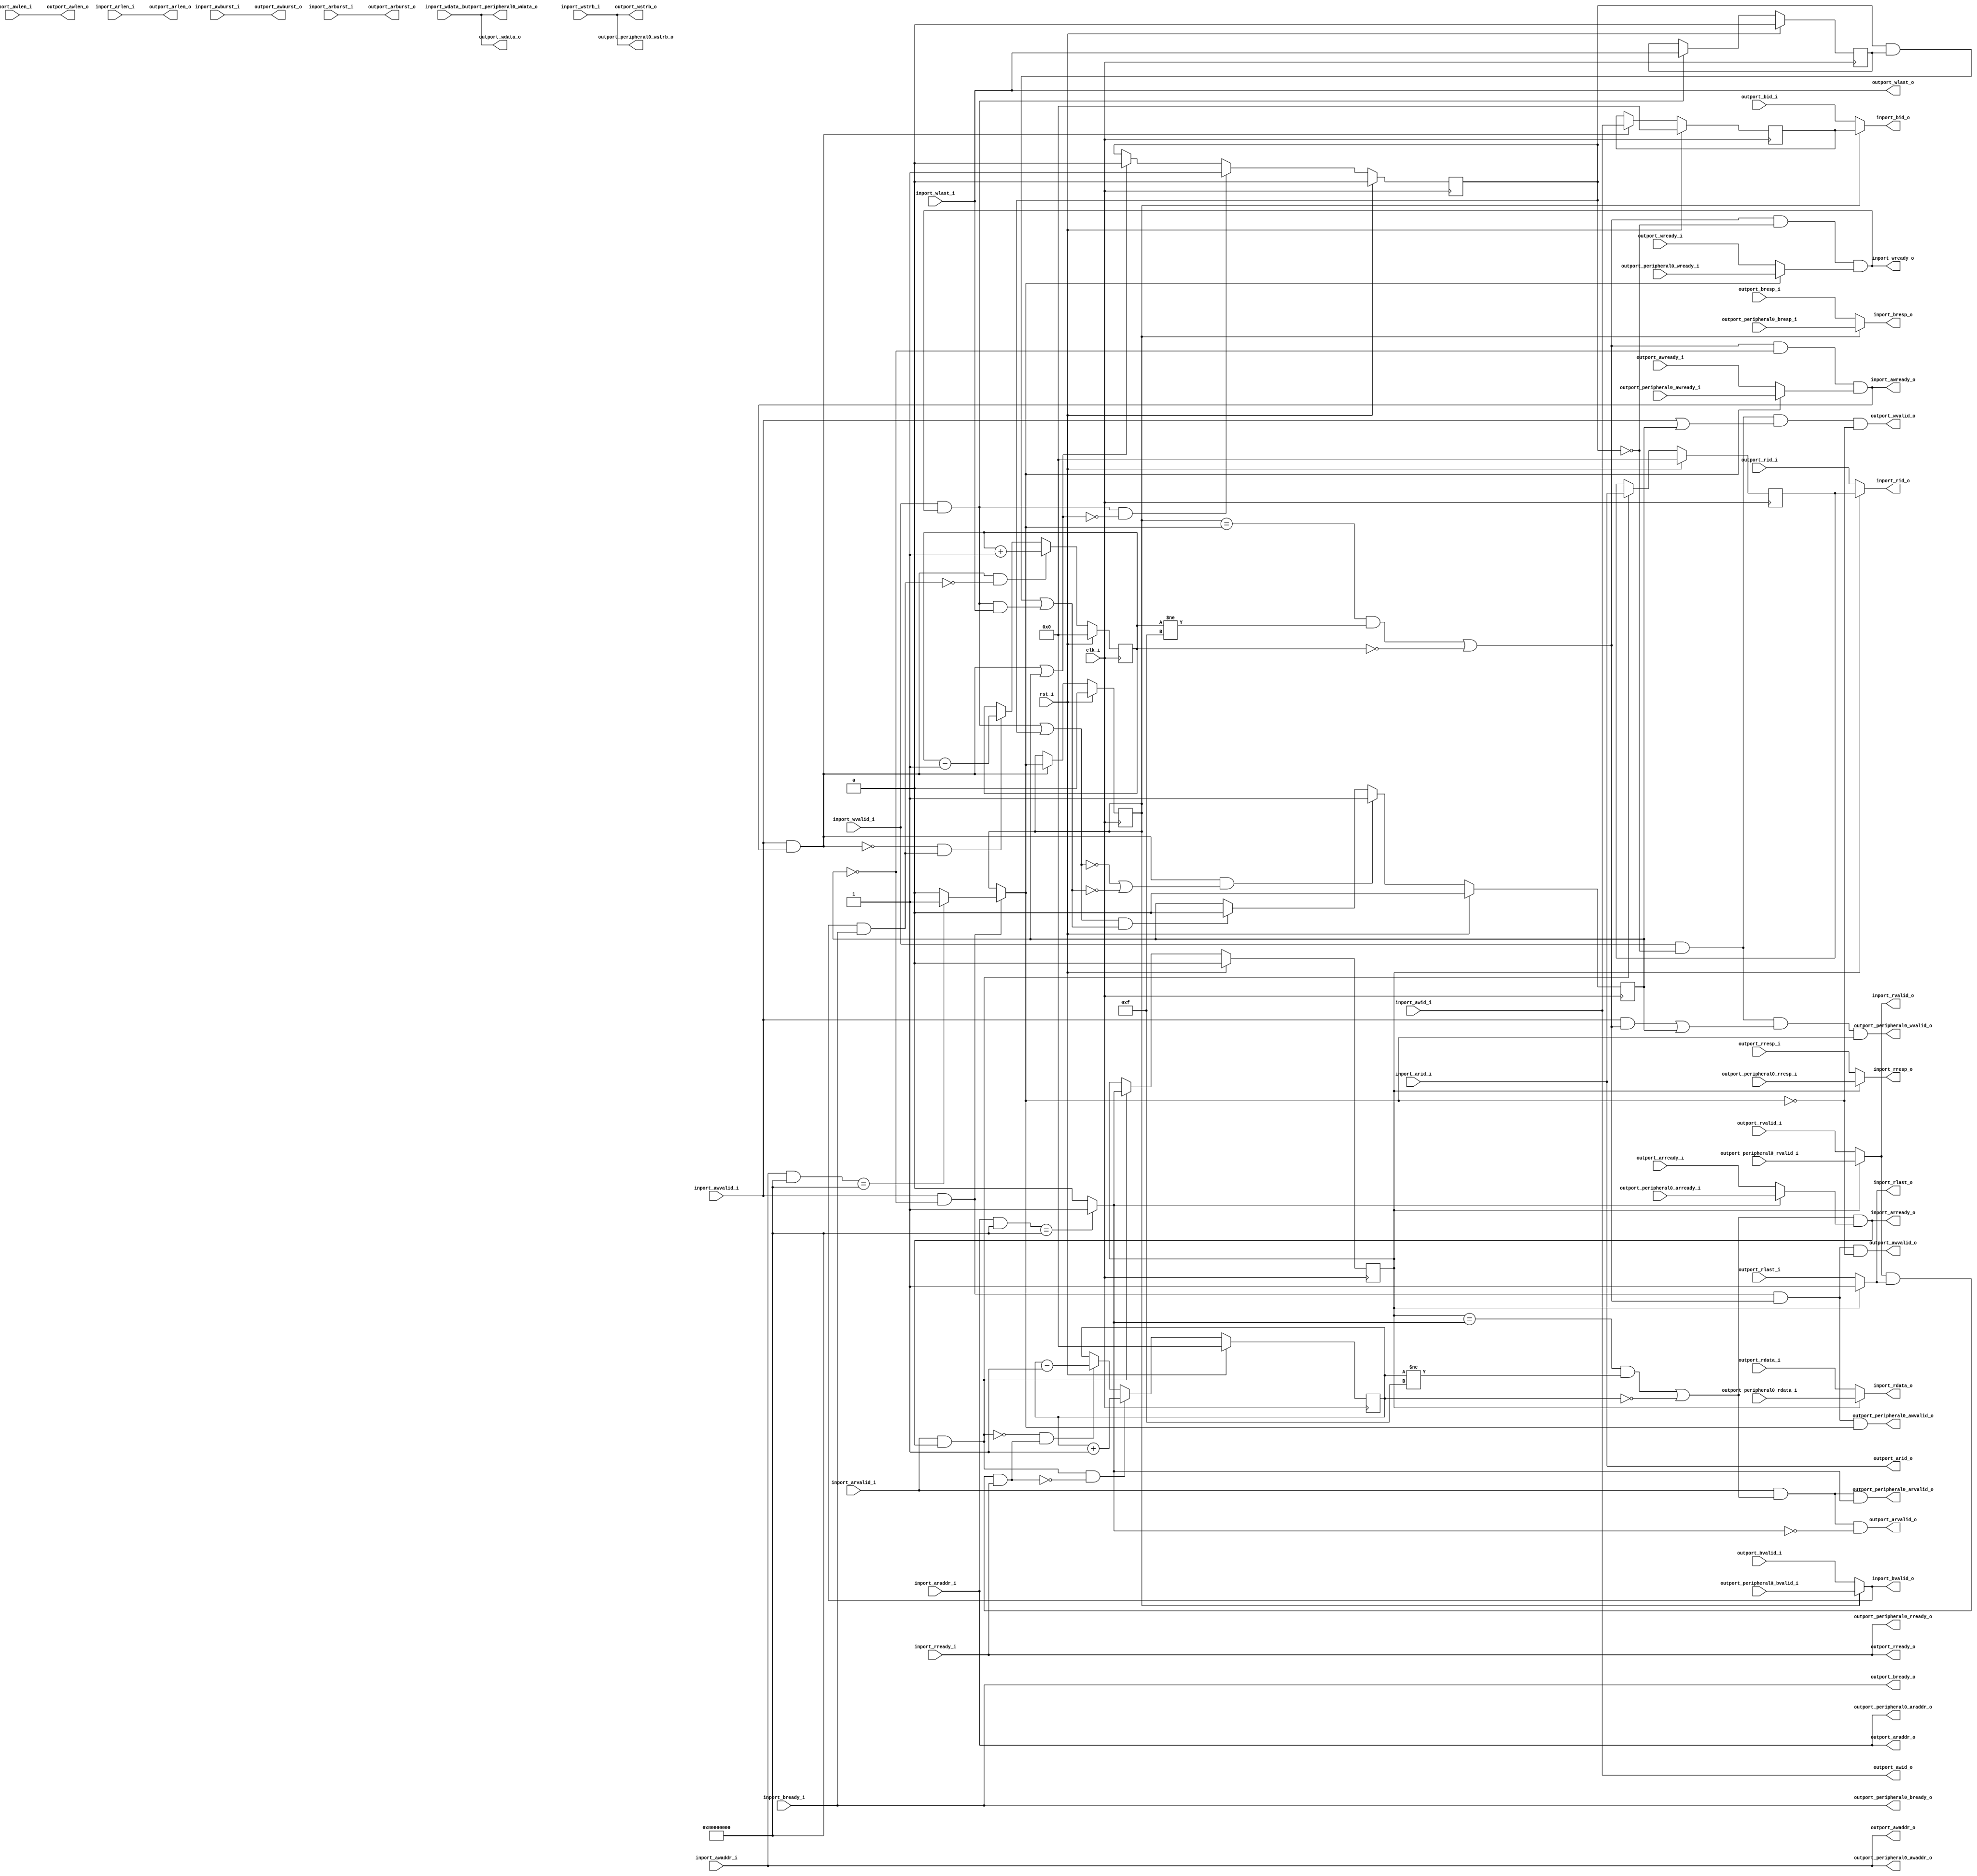
//-----------------------------------------------------------------
//                         USB2Sniffer
//                            V0.1
//                     Ultra-Embedded.com
//                       Copyright 2020
//
//
//                         License: LGPL
//-----------------------------------------------------------------
//
// This source file may be used and distributed without
// restriction provided that this copyright statement is not
// removed from the file and that any derivative work contains
// the original copyright notice and the associated disclaimer.
//
// This source file is free software; you can redistribute it
// and/or modify it under the terms of the GNU Lesser General
// Public License as published by the Free Software Foundation;
// either version 2.1 of the License, or (at your option) any
// later version.
//
// This source is distributed in the hope that it will be
// useful, but WITHOUT ANY WARRANTY; without even the implied
// warranty of MERCHANTABILITY or FITNESS FOR A PARTICULAR
// PURPOSE.  See the GNU Lesser General Public License for more
// details.
//
// You should have received a copy of the GNU Lesser General
// Public License along with this source; if not, write to the
// Free Software Foundation, Inc., 59 Temple Place, Suite 330,
// Boston, MA  02111-1307  USA
//-----------------------------------------------------------------
module axi4_lite_tap
(
    // Inputs
     input           clk_i
    ,input           rst_i
    ,input           inport_awvalid_i
    ,input  [ 31:0]  inport_awaddr_i
    ,input  [  3:0]  inport_awid_i
    ,input  [  7:0]  inport_awlen_i
    ,input  [  1:0]  inport_awburst_i
    ,input           inport_wvalid_i
    ,input  [ 31:0]  inport_wdata_i
    ,input  [  3:0]  inport_wstrb_i
    ,input           inport_wlast_i
    ,input           inport_bready_i
    ,input           inport_arvalid_i
    ,input  [ 31:0]  inport_araddr_i
    ,input  [  3:0]  inport_arid_i
    ,input  [  7:0]  inport_arlen_i
    ,input  [  1:0]  inport_arburst_i
    ,input           inport_rready_i
    ,input           outport_awready_i
    ,input           outport_wready_i
    ,input           outport_bvalid_i
    ,input  [  1:0]  outport_bresp_i
    ,input  [  3:0]  outport_bid_i
    ,input           outport_arready_i
    ,input           outport_rvalid_i
    ,input  [ 31:0]  outport_rdata_i
    ,input  [  1:0]  outport_rresp_i
    ,input  [  3:0]  outport_rid_i
    ,input           outport_rlast_i
    ,input           outport_peripheral0_awready_i
    ,input           outport_peripheral0_wready_i
    ,input           outport_peripheral0_bvalid_i
    ,input  [  1:0]  outport_peripheral0_bresp_i
    ,input           outport_peripheral0_arready_i
    ,input           outport_peripheral0_rvalid_i
    ,input  [ 31:0]  outport_peripheral0_rdata_i
    ,input  [  1:0]  outport_peripheral0_rresp_i

    // Outputs
    ,output          inport_awready_o
    ,output          inport_wready_o
    ,output          inport_bvalid_o
    ,output [  1:0]  inport_bresp_o
    ,output [  3:0]  inport_bid_o
    ,output          inport_arready_o
    ,output          inport_rvalid_o
    ,output [ 31:0]  inport_rdata_o
    ,output [  1:0]  inport_rresp_o
    ,output [  3:0]  inport_rid_o
    ,output          inport_rlast_o
    ,output          outport_awvalid_o
    ,output [ 31:0]  outport_awaddr_o
    ,output [  3:0]  outport_awid_o
    ,output [  7:0]  outport_awlen_o
    ,output [  1:0]  outport_awburst_o
    ,output          outport_wvalid_o
    ,output [ 31:0]  outport_wdata_o
    ,output [  3:0]  outport_wstrb_o
    ,output          outport_wlast_o
    ,output          outport_bready_o
    ,output          outport_arvalid_o
    ,output [ 31:0]  outport_araddr_o
    ,output [  3:0]  outport_arid_o
    ,output [  7:0]  outport_arlen_o
    ,output [  1:0]  outport_arburst_o
    ,output          outport_rready_o
    ,output          outport_peripheral0_awvalid_o
    ,output [ 31:0]  outport_peripheral0_awaddr_o
    ,output          outport_peripheral0_wvalid_o
    ,output [ 31:0]  outport_peripheral0_wdata_o
    ,output [  3:0]  outport_peripheral0_wstrb_o
    ,output          outport_peripheral0_bready_o
    ,output          outport_peripheral0_arvalid_o
    ,output [ 31:0]  outport_peripheral0_araddr_o
    ,output          outport_peripheral0_rready_o
);



`define ADDR_SEL_W         1
`define PERIPH0_ADDR         32'h80000000
`define PERIPH0_MASK         32'h80000000

//-----------------------------------------------------------------
// AXI: Read
//-----------------------------------------------------------------
reg [3:0]              read_pending_q;
reg [3:0]              read_pending_r;
reg [3:0]              arid_q;
reg [`ADDR_SEL_W-1:0]  read_port_q;
reg [`ADDR_SEL_W-1:0]  read_port_r;

always @ *
begin
    read_port_r = `ADDR_SEL_W'b0;
    if ((inport_araddr_i & `PERIPH0_MASK) == `PERIPH0_ADDR) read_port_r = `ADDR_SEL_W'd1;
end

wire read_incr_w = (inport_arvalid_i && inport_arready_o);
wire read_decr_w = (inport_rvalid_o  && inport_rlast_o && inport_rready_i);

always @ *
begin
    read_pending_r = read_pending_q;

    if (read_incr_w && !read_decr_w)
        read_pending_r = read_pending_r + 4'd1;
    else if (!read_incr_w && read_decr_w)
        read_pending_r = read_pending_r - 4'd1;
end

always @ (posedge clk_i )
if (rst_i)
begin
    read_pending_q <= 4'b0;
    arid_q         <= 4'b0;
    read_port_q    <= `ADDR_SEL_W'b0;
end
else 
begin
    read_pending_q <= read_pending_r;

    // Read command accepted
    if (inport_arvalid_i && inport_arready_o)
    begin
        arid_q      <= inport_arid_i;
        read_port_q <= read_port_r;
    end
end

wire read_accept_w       = (read_port_q == read_port_r && read_pending_q != 4'hF) || (read_pending_q == 4'h0);

assign outport_arvalid_o = inport_arvalid_i & read_accept_w & (read_port_r == `ADDR_SEL_W'd0);
assign outport_araddr_o  = inport_araddr_i;
assign outport_arid_o    = inport_arid_i;
assign outport_arlen_o   = inport_arlen_i;
assign outport_arburst_o = inport_arburst_i;
assign outport_rready_o  = inport_rready_i;

assign outport_peripheral0_arvalid_o = inport_arvalid_i & read_accept_w & (read_port_r == `ADDR_SEL_W'd1);
assign outport_peripheral0_araddr_o  = inport_araddr_i;
assign outport_peripheral0_rready_o  = inport_rready_i;

reg        outport_rvalid_r;
reg [31:0] outport_rdata_r;
reg [1:0]  outport_rresp_r;
reg [3:0]  outport_rid_r;
reg        outport_rlast_r;

always @ *
begin
    case (read_port_q)
    `ADDR_SEL_W'd1:
    begin
        outport_rvalid_r = outport_peripheral0_rvalid_i;
        outport_rdata_r  = outport_peripheral0_rdata_i;
        outport_rresp_r  = outport_peripheral0_rresp_i;
        outport_rid_r    = arid_q;
        outport_rlast_r  = 1'b1;
    end
    default:
    begin
        outport_rvalid_r = outport_rvalid_i;
        outport_rdata_r  = outport_rdata_i;
        outport_rresp_r  = outport_rresp_i;
        outport_rid_r    = outport_rid_i;
        outport_rlast_r  = outport_rlast_i;
    end
    endcase
end

assign inport_rvalid_o  = outport_rvalid_r;
assign inport_rdata_o   = outport_rdata_r;
assign inport_rresp_o   = outport_rresp_r;
assign inport_rid_o     = outport_rid_r;
assign inport_rlast_o   = outport_rlast_r;

reg inport_arready_r;
always @ *
begin
    case (read_port_r)
    `ADDR_SEL_W'd1:
        inport_arready_r = outport_peripheral0_arready_i;
    default:
        inport_arready_r = outport_arready_i;
    endcase
end

assign inport_arready_o = read_accept_w & inport_arready_r;

//-------------------------------------------------------------
// Write Request
//-------------------------------------------------------------
reg awvalid_q;
reg wvalid_q;
reg wlast_q;

wire wr_cmd_accepted_w  = (inport_awvalid_i && inport_awready_o) || awvalid_q;
wire wr_data_accepted_w = (inport_wvalid_i  && inport_wready_o)  || wvalid_q;
wire wr_data_last_w     = (wvalid_q & wlast_q) || (inport_wvalid_i && inport_wready_o && inport_wlast_i);

always @ (posedge clk_i )
if (rst_i)
    awvalid_q <= 1'b0;
else if (inport_awvalid_i && inport_awready_o && (!wr_data_accepted_w || !wr_data_last_w))
    awvalid_q <= 1'b1;
else if (wr_data_accepted_w && wr_data_last_w)
    awvalid_q <= 1'b0;

always @ (posedge clk_i )
if (rst_i)
    wvalid_q <= 1'b0;
else if (inport_wvalid_i && inport_wready_o && !wr_cmd_accepted_w)
    wvalid_q <= 1'b1;
else if (wr_cmd_accepted_w)
    wvalid_q <= 1'b0;

always @ (posedge clk_i )
if (rst_i)
    wlast_q <= 1'b0;
else if (inport_wvalid_i && inport_wready_o)
    wlast_q <= inport_wlast_i;

//-----------------------------------------------------------------
// AXI: Write
//-----------------------------------------------------------------
reg [3:0]              write_pending_q;
reg [3:0]              write_pending_r;
reg [3:0]              awid_q;
reg [`ADDR_SEL_W-1:0]  write_port_q;
reg [`ADDR_SEL_W-1:0]  write_port_r;

always @ *
begin    
    if (inport_awvalid_i & ~awvalid_q)
    begin
        write_port_r = `ADDR_SEL_W'b0;
        if ((inport_awaddr_i & `PERIPH0_MASK) == `PERIPH0_ADDR) write_port_r = `ADDR_SEL_W'd1;
    end
    else
        write_port_r = write_port_q;
end

wire write_incr_w = (inport_awvalid_i && inport_awready_o);
wire write_decr_w = (inport_bvalid_o  && inport_bready_i);

always @ *
begin
    write_pending_r = write_pending_q;

    if (write_incr_w && !write_decr_w)
        write_pending_r = write_pending_r + 4'd1;
    else if (!write_incr_w && write_decr_w)
        write_pending_r = write_pending_r - 4'd1;
end

always @ (posedge clk_i )
if (rst_i)
begin
    write_pending_q <= 4'b0;
    awid_q          <= 4'b0;
    write_port_q    <= `ADDR_SEL_W'b0;
end
else 
begin
    write_pending_q <= write_pending_r;

    // Write command accepted
    if (inport_awvalid_i && inport_awready_o)
    begin
        awid_q       <= inport_awid_i;
        write_port_q <= write_port_r;
    end
end

wire write_accept_w      = (write_port_q == write_port_r && write_pending_q != 4'hF) || (write_pending_q == 4'h0);

assign outport_awvalid_o = inport_awvalid_i & ~awvalid_q & write_accept_w & (write_port_r == `ADDR_SEL_W'd0);
assign outport_awaddr_o  = inport_awaddr_i;
assign outport_awid_o    = inport_awid_i;
assign outport_awlen_o   = inport_awlen_i;
assign outport_awburst_o = inport_awburst_i;
assign outport_wvalid_o  = inport_wvalid_i & ~wvalid_q & (inport_awvalid_i || awvalid_q) & (write_port_r == `ADDR_SEL_W'd0);
assign outport_wdata_o   = inport_wdata_i;
assign outport_wstrb_o   = inport_wstrb_i;
assign outport_wlast_o   = inport_wlast_i;
assign outport_bready_o  = inport_bready_i;

assign outport_peripheral0_awvalid_o = inport_awvalid_i & ~awvalid_q & write_accept_w & (write_port_r == `ADDR_SEL_W'd1);
assign outport_peripheral0_awaddr_o  = inport_awaddr_i;
assign outport_peripheral0_wvalid_o  = inport_wvalid_i & ~wvalid_q & ((inport_awvalid_i && write_accept_w) || awvalid_q) & (write_port_r == `ADDR_SEL_W'd1);
assign outport_peripheral0_wdata_o   = inport_wdata_i;
assign outport_peripheral0_wstrb_o   = inport_wstrb_i;
assign outport_peripheral0_bready_o  = inport_bready_i;

reg        outport_bvalid_r;
reg [1:0]  outport_bresp_r;
reg [3:0]  outport_bid_r;

always @ *
begin
    case (write_port_q)
    `ADDR_SEL_W'd1:
    begin
        outport_bvalid_r = outport_peripheral0_bvalid_i;
        outport_bresp_r  = outport_peripheral0_bresp_i;
        outport_bid_r    = awid_q;
    end
    default:
    begin
        outport_bvalid_r = outport_bvalid_i;
        outport_bresp_r  = outport_bresp_i;
        outport_bid_r    = outport_bid_i;
    end
    endcase
end

assign inport_bvalid_o  = outport_bvalid_r;
assign inport_bresp_o   = outport_bresp_r;
assign inport_bid_o     = outport_bid_r;

reg inport_awready_r;
reg inport_wready_r;

always @ *
begin
    case (write_port_r)
    `ADDR_SEL_W'd1:
    begin
        inport_awready_r = outport_peripheral0_awready_i;
        inport_wready_r  = outport_peripheral0_wready_i;
    end
    default:
    begin
        inport_awready_r = outport_awready_i;
        inport_wready_r  = outport_wready_i;
    end        
    endcase
end

assign inport_awready_o = write_accept_w & ~awvalid_q & inport_awready_r;
assign inport_wready_o  = write_accept_w & ~wvalid_q & inport_wready_r;


endmodule